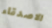
الاصدقاء